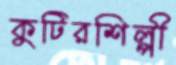
কুটিরশিল্পী